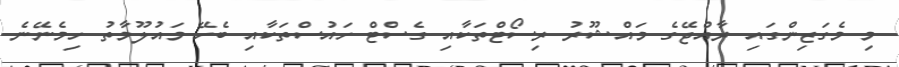
މި މެގަޒިންގައި ރާއްޖޭގެ މައްޝޫރު ރިސޯޓްތަކާއި ގެސްޓް ހައުސްތަކާއި ބެހޭ މައުލޫމާތު ހިމެނޭނެ